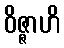
ဝိဇ္ဇာဟိ